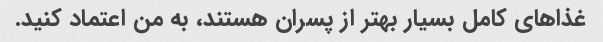
غذاهای کامل بسیار بهتر از پسران هستند، به من اعتماد کنید.